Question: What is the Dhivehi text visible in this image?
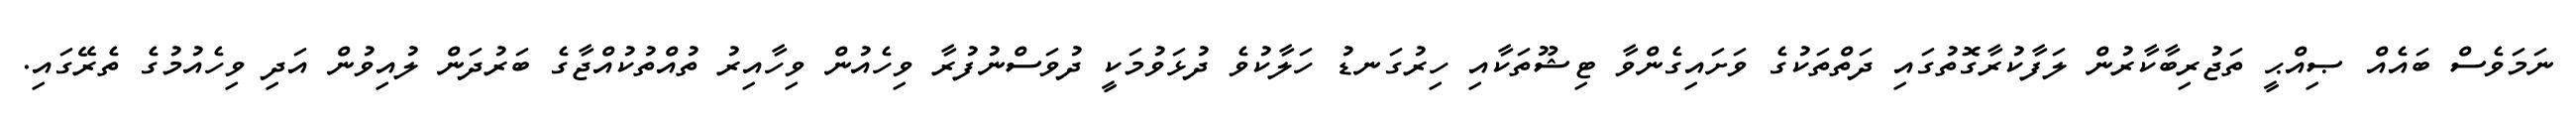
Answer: ނަމަވެސް ބައެއް ޞިއްޙީ ތަޖުރިބާކާރުން ލަފާކުރާގޮތުގައި ދަތްތަކުގެ ވަށައިގެންވާ ޓިޝޫތަކާއި ހިރުގަނޑު ހަލާކުވެ ދުޅަވުމަކީ ދުވަސްނުފުރާ ވިހެއުން ވިހާއިރު ތުއްތުކުއްޖާގެ ބަރުދަން ލުއިވުން އަދި ވިހެއުމުގެ ތެރޭގައި.